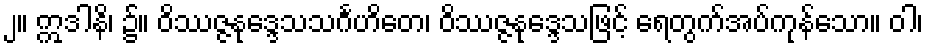
၂။ ဣဒါနိ၊ ၌။ ဝိဿဇ္ဇနုဒ္ဒေသသင်္ဂဟိတေ၊ ဝိဿဇ္ဇနုဒ္ဒေသဖြင့် ရေတွက်အပ်ကုန်သော။ ဝါ၊